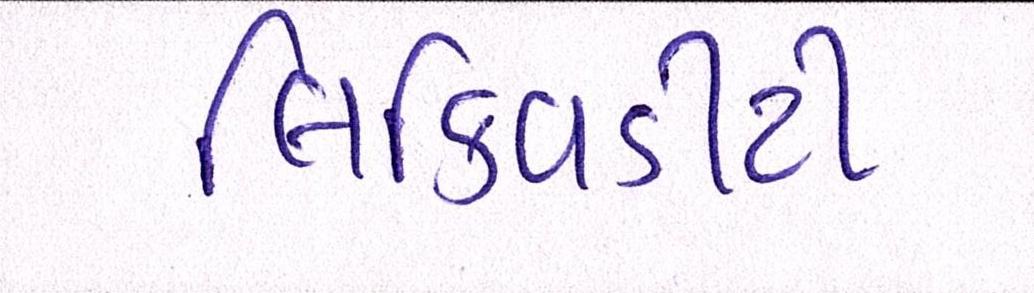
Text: લિક્વિડીટી